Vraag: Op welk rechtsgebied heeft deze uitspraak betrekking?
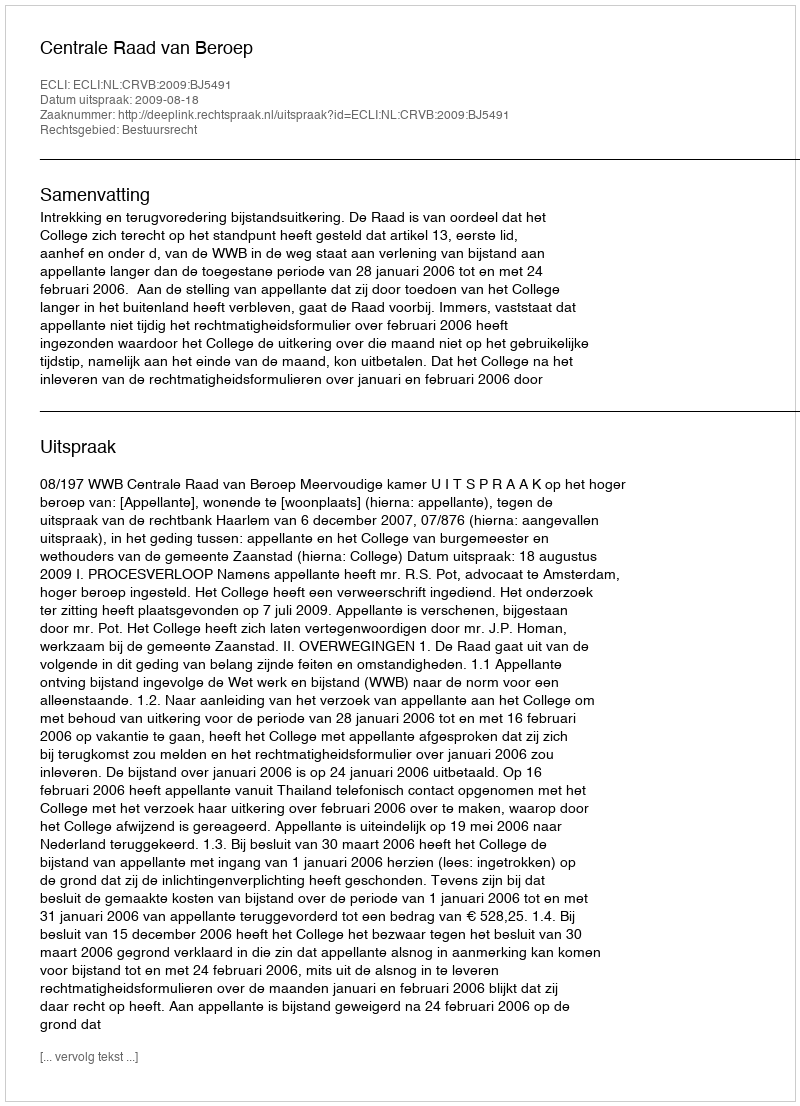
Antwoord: Bestuursrecht